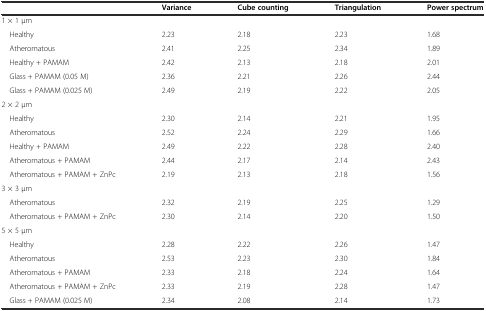
|  | Variance | Cube counting | Triangulation | Power spectrum |
 | --- | --- | --- | --- | --- |
 | 1 × 1 μm |  |  |  |  |
 | Healthy | 2.23 | 2.18 | 2.23 | 1.68 |
 | Atheromatous | 2.41 | 2.25 | 2.34 | 1.89 |
 | Healthy + PAMAM | 2.42 | 2.13 | 2.18 | 2.01 |
 | Glass + PAMAM (0.05 M) | 2.36 | 2.21 | 2.26 | 2.44 |
 | Glass + PAMAM (0.025 M) | 2.49 | 2.19 | 2.22 | 2.05 |
 | 2 × 2 μm |  |  |  |  |
 | Healthy | 2.30 | 2.14 | 2.21 | 1.95 |
 | Atheromatous | 2.52 | 2.24 | 2.29 | 1.66 |
 | Healthy + PAMAM | 2.49 | 2.22 | 2.28 | 2.40 |
 | Atheromatous + PAMAM | 2.44 | 2.17 | 2.14 | 2.43 |
 | Atheromatous + PAMAM + ZnPc | 2.19 | 2.13 | 2.18 | 1.56 |
 | 3 × 3 μm |  |  |  |  |
 | Atheromatous | 2.32 | 2.19 | 2.25 | 1.29 |
 | Atheromatous + PAMAM + ZnPc | 2.30 | 2.14 | 2.20 | 1.50 |
 | 5 × 5 μm |  |  |  |  |
 | Healthy | 2.28 | 2.22 | 2.26 | 1.47 |
 | Atheromatous | 2.53 | 2.23 | 2.30 | 1.84 |
 | Atheromatous + PAMAM | 2.33 | 2.18 | 2.24 | 1.64 |
 | Atheromatous + PAMAM + ZnPc | 2.33 | 2.19 | 2.28 | 1.47 |
 | Glass + PAMAM (0.025 M) | 2.34 | 2.08 | 2.14 | 1.73 |